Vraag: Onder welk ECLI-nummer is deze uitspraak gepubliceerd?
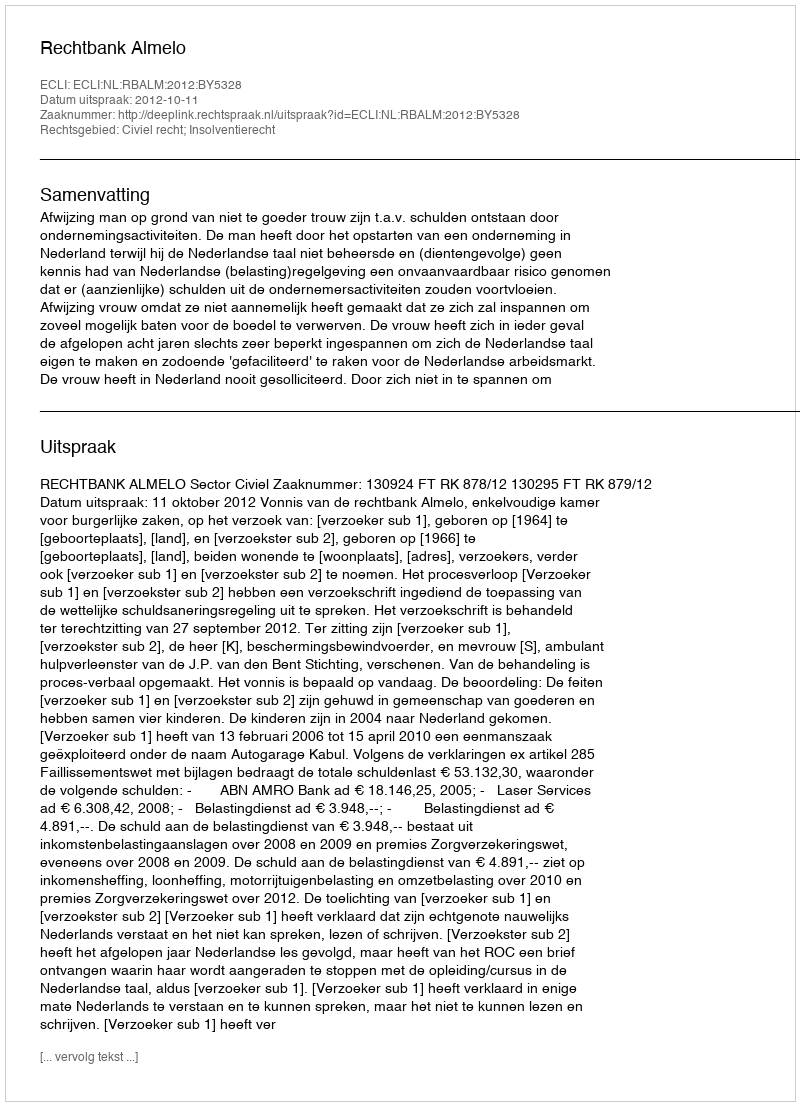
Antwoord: ECLI:NL:RBALM:2012:BY5328